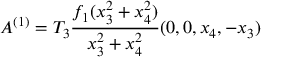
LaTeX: A ^ { ( 1 ) } = T _ { 3 } \frac { f _ { 1 } ( x _ { 3 } ^ { 2 } + x _ { 4 } ^ { 2 } ) } { x _ { 3 } ^ { 2 } + x _ { 4 } ^ { 2 } } ( 0 , 0 , x _ { 4 } , - x _ { 3 } )